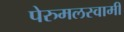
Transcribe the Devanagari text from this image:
पेरुमलस्वामी